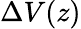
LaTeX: \Delta V(z)